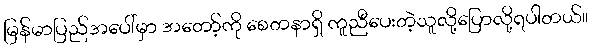
မြန်မာပြည်အပေါ်မှာ အတော့်ကို စေတနာရှိ ကူညီပေးတဲ့သူလို့ပြောလို့ရပါတယ်။